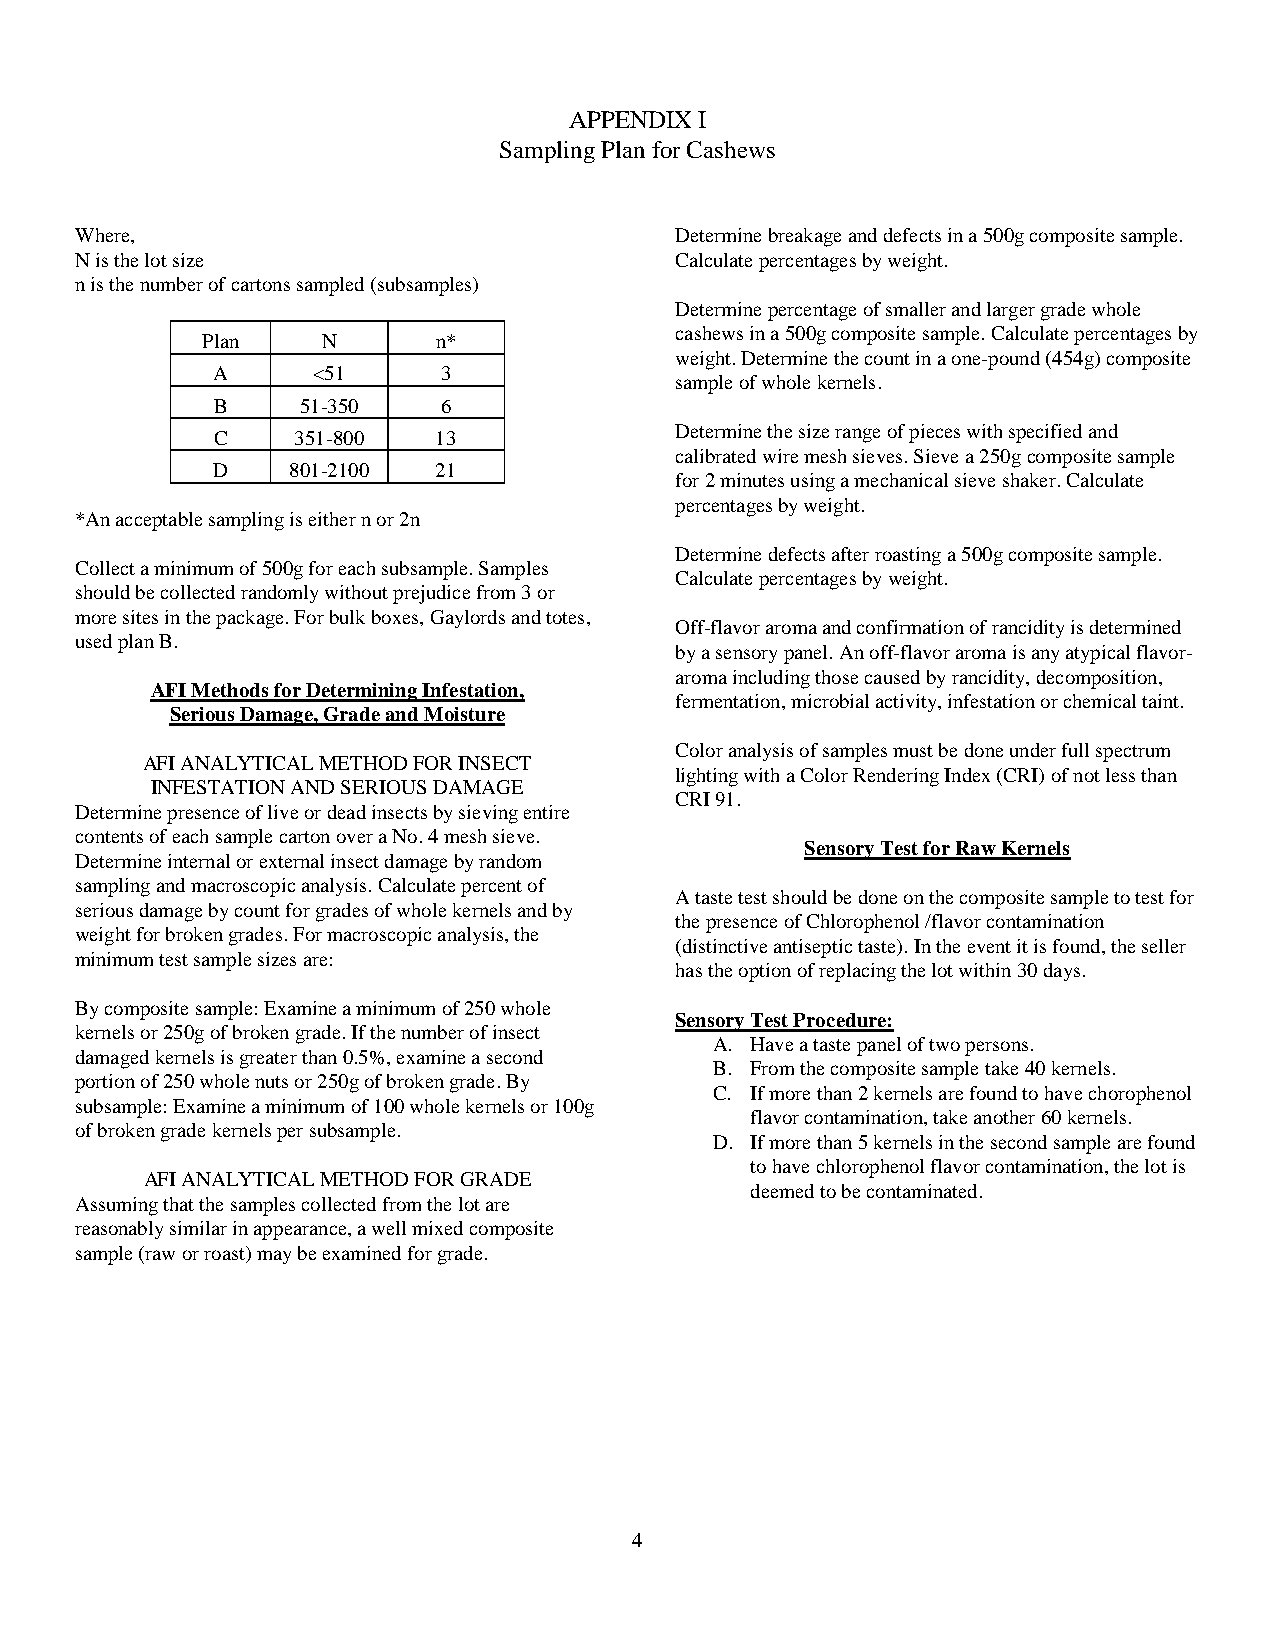
APPENDIX I
 Sampling Plan for Cashews
 Where,                                  Determine breakage and defects in a 500g composite sample.
 N is the lot size                       Calculate percentages by weight.
 n is the number of cartons sampled (subsamples)
 Determine percentage of smaller and larger grade whole
 cashews in a 500g composite sample. Calculate percentages by
 Plan    N       n*
 weight. Determine the count in a one-pound (454g) composite
 A      <51     3
 sample of whole kernels.
 B     51-350   6
 Determine the size range of pieces with specified and
 C    351-800   13
 calibrated wire mesh sieves. Sieve a 250g composite sample
 D    801-2100  21
 for 2 minutes using a mechanical sieve shaker. Calculate
 percentages by weight.
 *An acceptable sampling is either n or 2n
 Determine defects after roasting a 500g composite sample.
 Collect a minimum of 500g for each subsample. Samples
 Calculate percentages by weight.
 should be collected randomly without prejudice from 3 or
 more sites in the package. For bulk boxes, Gaylords and totes,
 Off-flavor aroma and confirmation of rancidity is determined
 used plan B.
 by a sensory panel. An off-flavor aroma is any atypical flavor-
 aroma including those caused by rancidity, decomposition,
 AFI Methods for Determining Infestation,
 fermentation, microbial activity, infestation or chemical taint.
 Serious Damage, Grade and Moisture
 Color analysis of samples must be done under full spectrum
 AFI ANALYTICAL METHOD FOR INSECT
 lighting with a Color Rendering Index (CRI) of not less than
 INFESTATION AND SERIOUS DAMAGE
 CRI 91.
 Determine presence of live or dead insects by sieving entire
 contents of each sample carton over a No. 4 mesh sieve.
 Sensory Test for Raw Kernels
 Determine internal or external insect damage by random
 sampling and macroscopic analysis. Calculate percent of
 A taste test should be done on the composite sample to test for
 serious damage by count for grades of whole kernels and by
 the presence of Chlorophenol /flavor contamination
 weight for broken grades. For macroscopic analysis, the
 (distinctive antiseptic taste). In the event it is found, the seller
 minimum test sample sizes are:
 has the option of replacing the lot within 30 days.
 By composite sample: Examine a minimum of 250 whole
 Sensory Test Procedure:
 kernels or 250g of broken grade. If the number of insect
 A. Have a taste panel of two persons.
 damaged kernels is greater than 0.5%, examine a second
 B. From the composite sample take 40 kernels.
 portion of 250 whole nuts or 250g of broken grade. By
 C. If more than 2 kernels are found to have chorophenol
 subsample: Examine a minimum of 100 whole kernels or 100g
 flavor contamination, take another 60 kernels.
 of broken grade kernels per subsample.
 D. If more than 5 kernels in the second sample are found
 to have chlorophenol flavor contamination, the lot is
 AFI ANALYTICAL METHOD FOR GRADE
 deemed to be contaminated.
 Assuming that the samples collected from the lot are
 reasonably similar in appearance, a well mixed composite
 sample (raw or roast) may be examined for grade.
 4